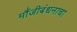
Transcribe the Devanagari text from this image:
मौंजीबंधनाचा